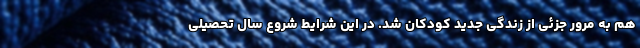
هم به مرور جزئی از زندگی جدید کودکان شد. در این شرایط شروع سال تحصیلی